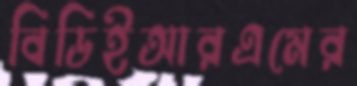
বিডিইআরএমের